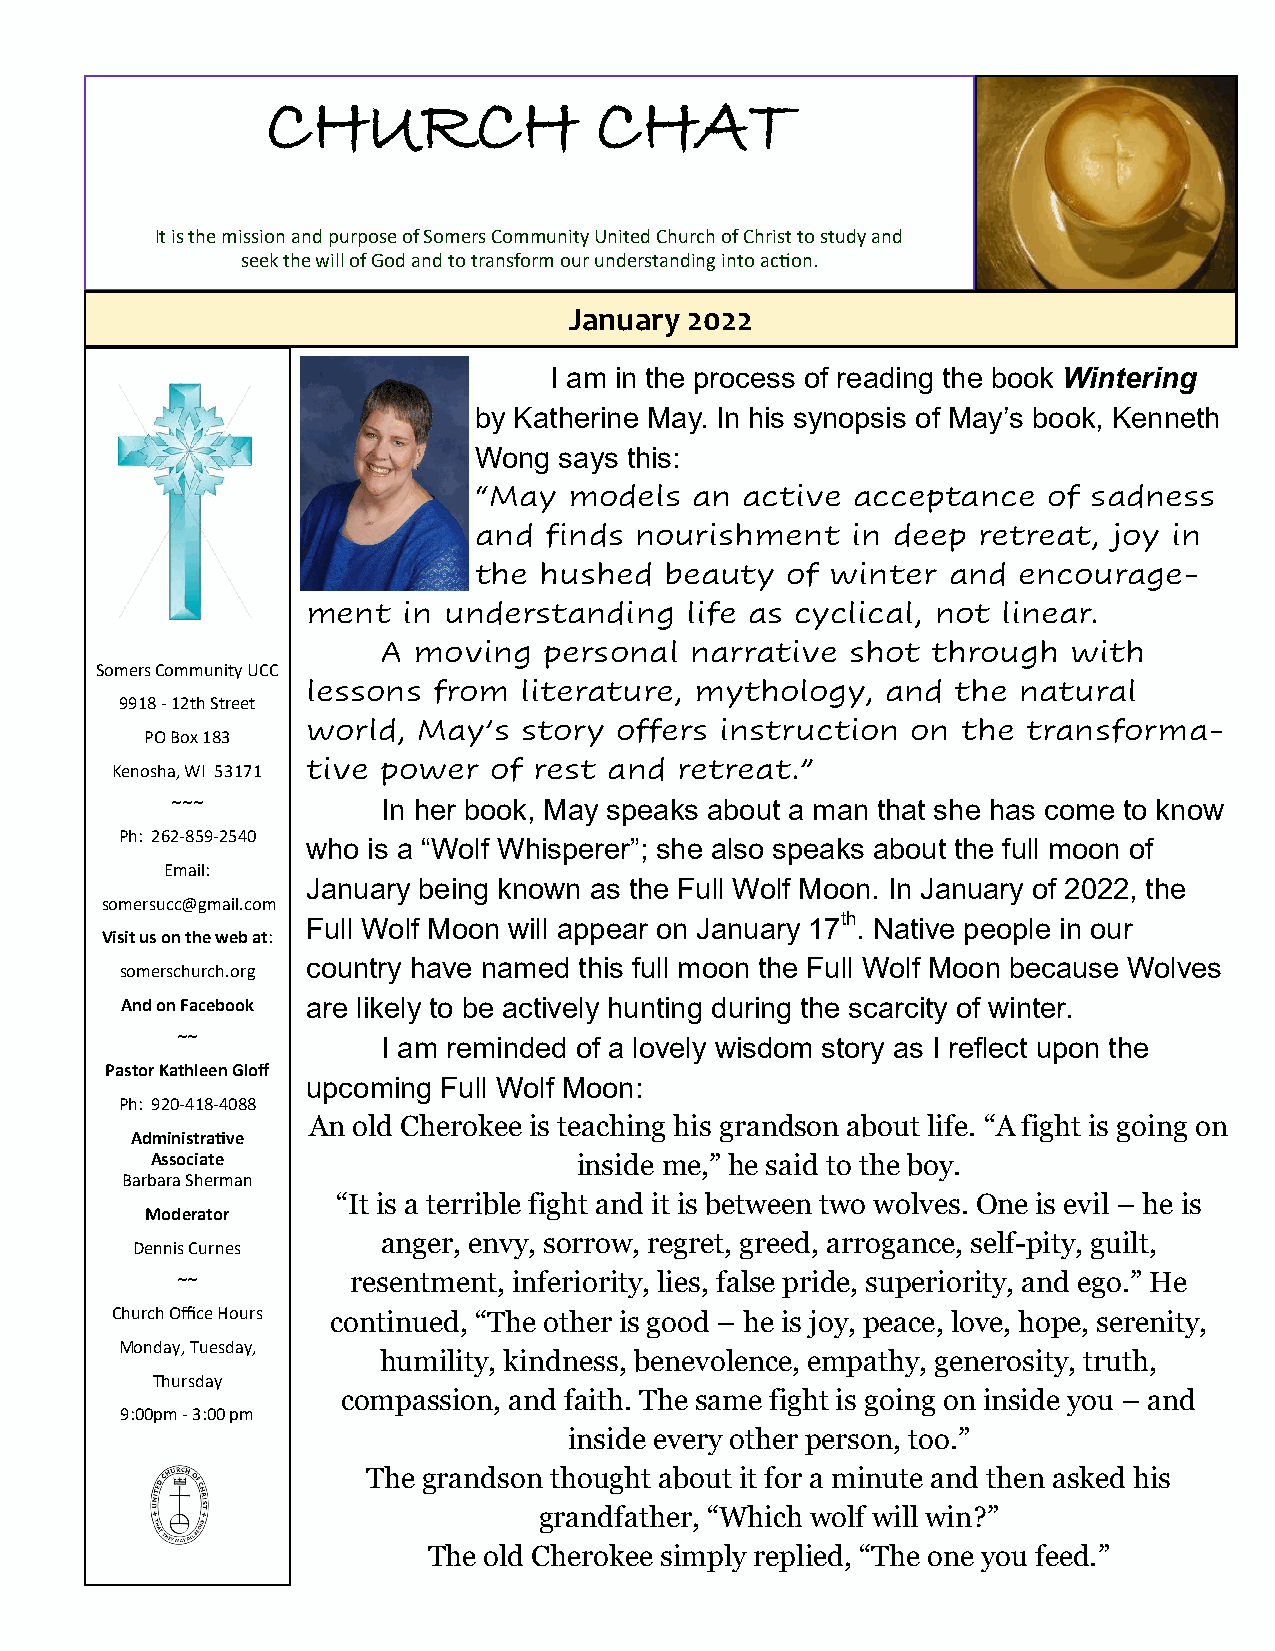
CHURCH               CHAT
 It is the mission and purpose of Somers Community United Church of Christ to study and
 seek the will of God and to transform our understanding into action.
 January 2022
 I am in the process of reading the book Wintering
 by Katherine May. In his synopsis of May’s book, Kenneth
 Wong  says this:
 “May   models  an active acceptance   of sadness
 and  finds nourishment   in deep  retreat, joy in
 the  hushed  beauty  of winter  and encourage-
 ment   in understanding  life as cyclical, not linear.
 A moving   personal  narrative shot  through  with
 Somers Community UCC
 lessons  from literature, mythology,   and the natural
 9918 - 12th Street
 world,  May’s  story offers instruction on  the transforma-
 PO Box 183
 Kenosha, WI 53171 tive power of rest and retreat.”
 ~~~           In her book, May speaks about a man that she has come to know
 Ph: 262-859-2540
 who is a “Wolf Whisperer”; she also speaks about the full moon of
 Email:
 January being known as the Full Wolf Moon. In January of 2022, the
 somersucc@gmail.com
 Full Wolf Moon will appear on January 17th. Native people in our
 Visit us on the web at:
 country have named this full moon the Full Wolf Moon because Wolves
 somerschurch.org
 And on Facebook are likely to be actively hunting during the scarcity of winter.
 ~~
 I am reminded of a lovely wisdom story as I reflect upon the
 Pastor Kathleen Gloff
 upcoming Full Wolf Moon:
 Ph: 920-418-4088
 An old Cherokee is teaching his grandson about life. “A fight is going on
 Administrative
 Associate                   inside me,” he said to the boy.
 Barbara Sherman
 “It is a terrible fight and it is between two wolves. One is evil – he is
 Moderator
 anger, envy, sorrow, regret, greed, arrogance, self-pity, guilt,
 Dennis Curnes
 ~~         resentment, inferiority, lies, false pride, superiority, and ego.” He
 Church Office Hours continued, “The other is good – he is joy, peace, love, hope, serenity,
 Monday, Tuesday,
 humility, kindness, benevolence, empathy, generosity, truth,
 Thursday
 compassion, and faith. The same fight is going on inside you – and
 9:00pm - 3:00 pm
 inside every other person, too.”
 The grandson thought about it for a minute and then asked his
 grandfather, “Which wolf will win?”
 The old Cherokee simply replied, “The one you feed.”